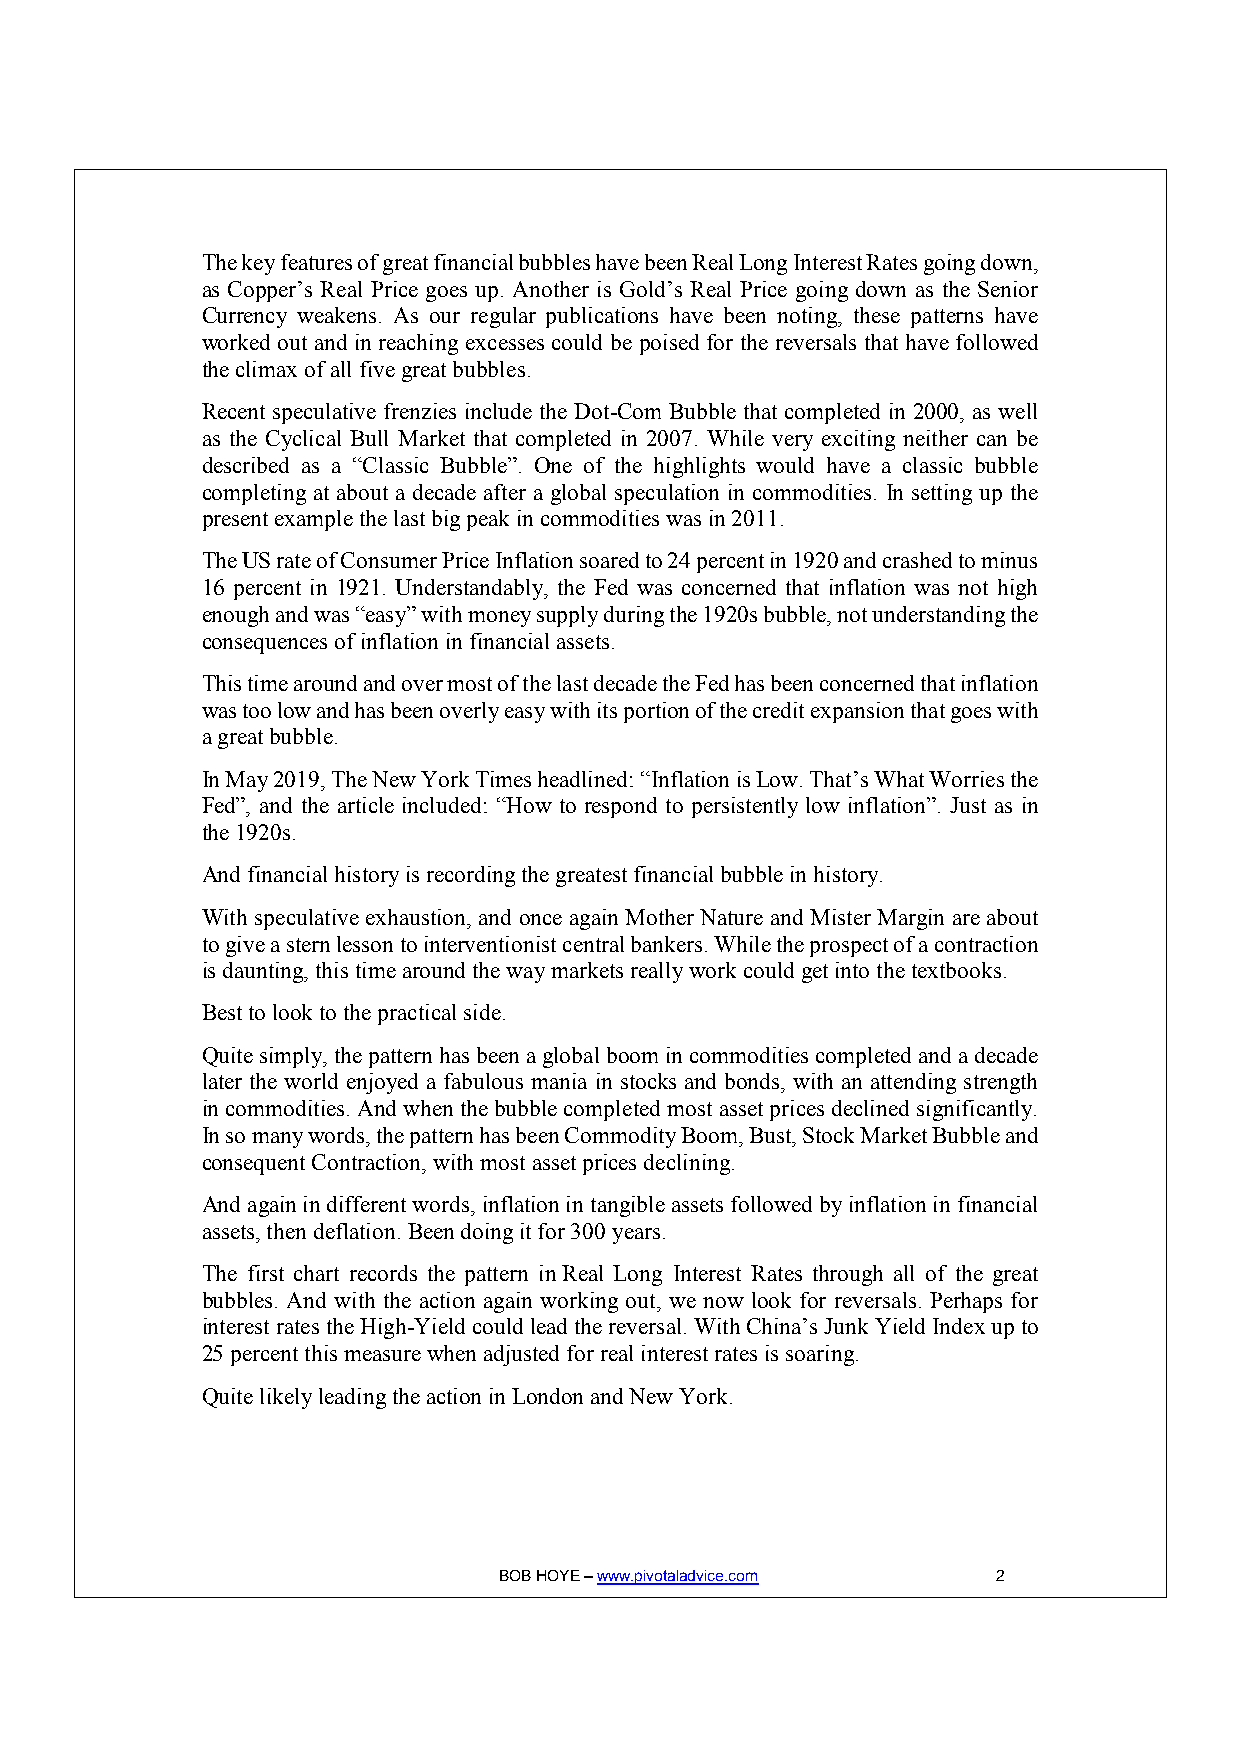
The key features of great financial bubbles have been Real Long Interest Rates going down,
 as Copper’s Real Price goes up. Another is Gold’s Real Price going down as the Senior
 Currency weakens. As our regular publications have been noting, these patterns have
 worked out and in reaching excesses could be poised for the reversals that have followed
 the climax of all five great bubbles.
 Recent speculative frenzies include the Dot-Com Bubble that completed in 2000, as well
 as the Cyclical Bull Market that completed in 2007. While very exciting neither can be
 described as a “Classic Bubble”. One of the highlights would have a classic bubble
 completing at about a decade after a global speculation in commodities. In setting up the
 present example the last big peak in commodities was in 2011.
 The US rate of Consumer Price Inflation soared to 24 percent in 1920 and crashed to minus
 16 percent in 1921. Understandably, the Fed was concerned that inflation was not high
 enough and was “easy” with money supply during the 1920s bubble, not understanding the
 consequences of inflation in financial assets.
 This time around and over most of the last decade the Fed has been concerned that inflation
 was too low and has been overly easy with its portion of the credit expansion that goes with
 a great bubble.
 In May 2019, The New York Times headlined: “Inflation is Low. That’s What Worries the
 Fed”, and the article included: “How to respond to persistently low inflation”. Just as in
 the 1920s.
 And financial history is recording the greatest financial bubble in history.
 With speculative exhaustion, and once again Mother Nature and Mister Margin are about
 to give a stern lesson to interventionist central bankers. While the prospect of a contraction
 is daunting, this time around the way markets really work could get into the textbooks.
 Best to look to the practical side.
 Quite simply, the pattern has been a global boom in commodities completed and a decade
 later the world enjoyed a fabulous mania in stocks and bonds, with an attending strength
 in commodities. And when the bubble completed most asset prices declined significantly.
 In so many words, the pattern has been Commodity Boom, Bust, Stock Market Bubble and
 consequent Contraction, with most asset prices declining.
 And again in different words, inflation in tangible assets followed by inflation in financial
 assets, then deflation. Been doing it for 300 years.
 The first chart records the pattern in Real Long Interest Rates through all of the great
 bubbles. And with the action again working out, we now look for reversals. Perhaps for
 interest rates the High-Yield could lead the reversal. With China’s Junk Yield Index up to
 25 percent this measure when adjusted for real interest rates is soaring.
 Quite likely leading the action in London and New York.
 BOB HOYE – www.pivotaladvice.com 2